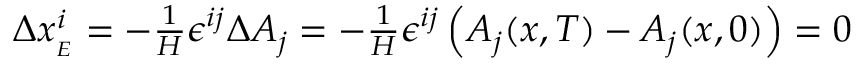
\begin{array} { r } { \Delta x _ { _ { E } } ^ { i } = - \frac 1 { H } \epsilon ^ { i j } \Delta A _ { j } = - \frac 1 { H } \epsilon ^ { i j } \left( A _ { j } ( x , T ) - A _ { j } ( x , 0 ) \right) = 0 } \end{array}